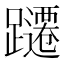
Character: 躚